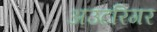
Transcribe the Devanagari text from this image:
अउटरिगर